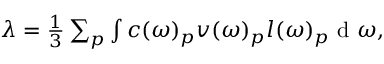
\begin{array} { r } { \lambda = \frac { 1 } { 3 } \sum _ { p } \int c ( \omega ) _ { p } v ( \omega ) _ { p } l ( \omega ) _ { p } \textrm { d } \omega , } \end{array}